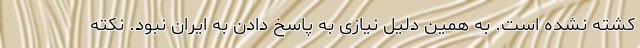
کشته نشده است. به همین دلیل نیازی به پاسخ دادن به ایران نبود. نکته